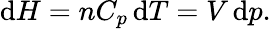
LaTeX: \mathrm{d}H=nC_{p}\, \mathrm{d}T=V\, \mathrm{d}p.